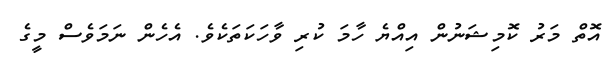
އޮތް މަރު ކޮމިޝަނުން އިއްޔެ ހާމަ ކުރި ވާހަކަތަކެވެ. އެހެން ނަމަވެސް މީގެ